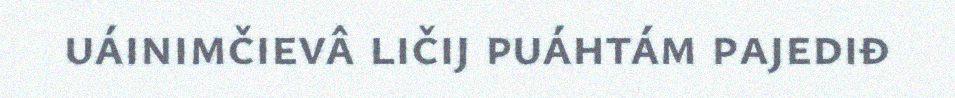
uáinimčievâ ličij puáhtám pajediđ